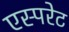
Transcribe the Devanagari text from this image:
एस्परेट